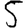
Digit: 5